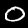
Label: 0